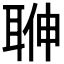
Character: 𦕽